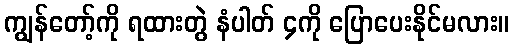
ကျွန်တော့်ကို ရထားတွဲ နံပါတ် ၄ကို ပြောပေးနိုင်မလား။